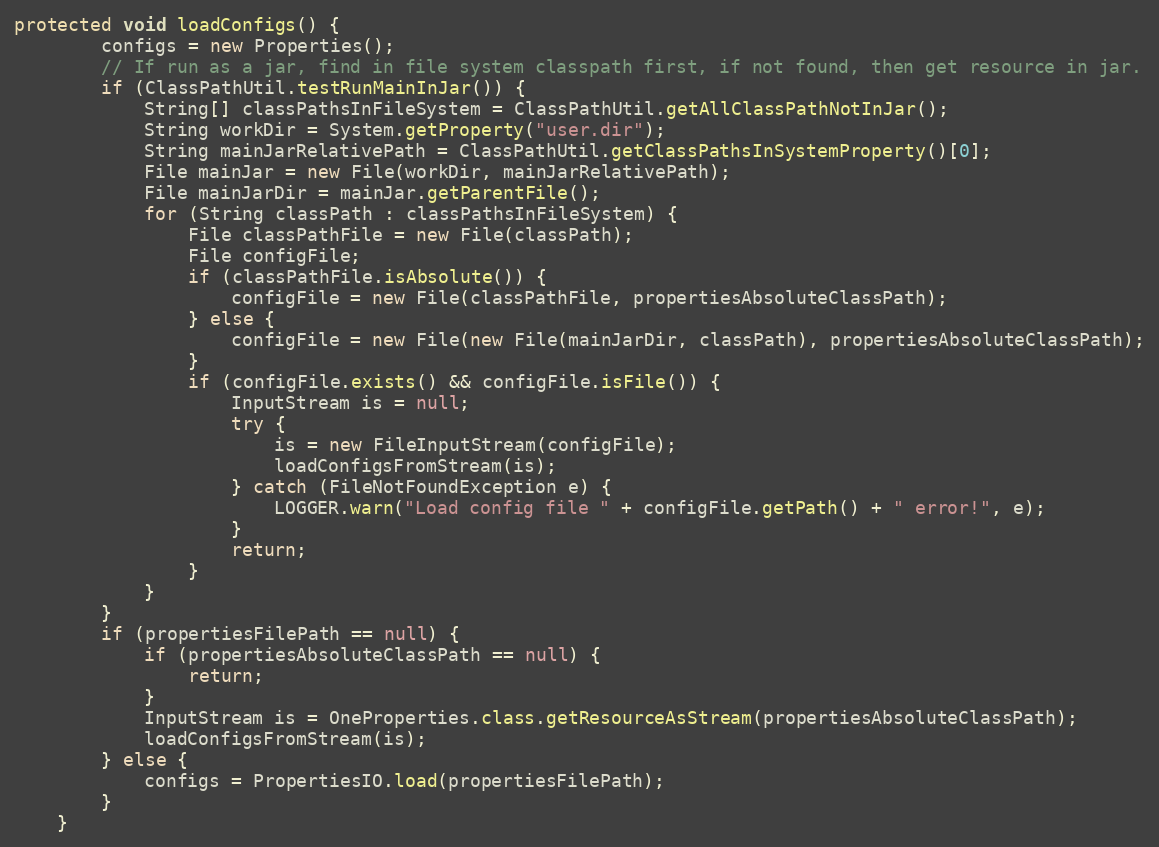
Language: Java
protected void loadConfigs() {
        configs = new Properties();
        // If run as a jar, find in file system classpath first, if not found, then get resource in jar.
        if (ClassPathUtil.testRunMainInJar()) {
            String[] classPathsInFileSystem = ClassPathUtil.getAllClassPathNotInJar();
            String workDir = System.getProperty("user.dir");
            String mainJarRelativePath = ClassPathUtil.getClassPathsInSystemProperty()[0];
            File mainJar = new File(workDir, mainJarRelativePath);
            File mainJarDir = mainJar.getParentFile();
            for (String classPath : classPathsInFileSystem) {
                File classPathFile = new File(classPath);
                File configFile;
                if (classPathFile.isAbsolute()) {
                    configFile = new File(classPathFile, propertiesAbsoluteClassPath);
                } else {
                    configFile = new File(new File(mainJarDir, classPath), propertiesAbsoluteClassPath);
                }
                if (configFile.exists() && configFile.isFile()) {
                    InputStream is = null;
                    try {
                        is = new FileInputStream(configFile);
                        loadConfigsFromStream(is);
                    } catch (FileNotFoundException e) {
                        LOGGER.warn("Load config file " + configFile.getPath() + " error!", e);
                    }
                    return;
                }
            }
        }
        if (propertiesFilePath == null) {
            if (propertiesAbsoluteClassPath == null) {
                return;
            }
            InputStream is = OneProperties.class.getResourceAsStream(propertiesAbsoluteClassPath);
            loadConfigsFromStream(is);
        } else {
            configs = PropertiesIO.load(propertiesFilePath);
        }
    }